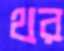
থর